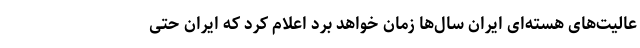
عالیت‌های هسته‌ای ایران سال‌ها زمان خواهد برد اعلام کرد که ایران حتی